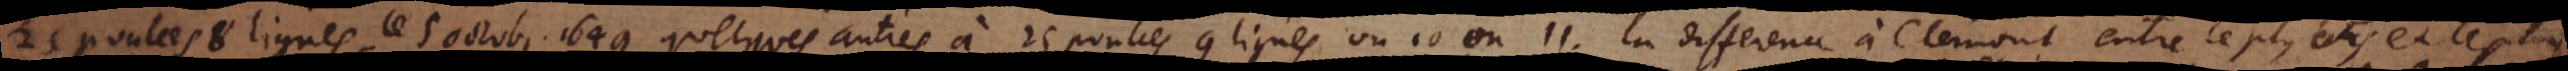
25 poulces 8 lignes, le 5 Octobr. 1649 quelques autres à 25 poulces 9 lignes ou 10 ou 11. La difference à Clermont entre le plus bas et le plus